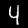
Digit: 4